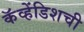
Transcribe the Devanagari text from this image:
कॅव्हेंडिशची